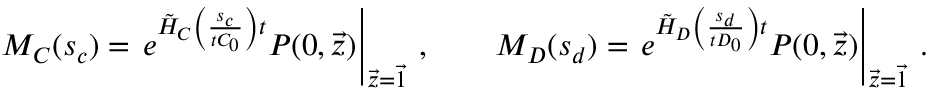
M _ { C } ( s _ { c } ) = \left. e ^ { \tilde { H } _ { C } \left( \frac { s _ { c } } { t C _ { 0 } } \right) t } P ( 0 , \vec { z } ) \right| _ { \vec { z } = \vec { 1 } } \, , \qquad M _ { D } ( s _ { d } ) = \left. e ^ { \tilde { H } _ { D } \left( \frac { s _ { d } } { t D _ { 0 } } \right) t } P ( 0 , \vec { z } ) \right| _ { \vec { z } = \vec { 1 } } \, .